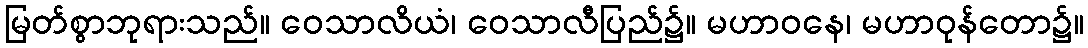
မြတ်စွာဘုရားသည်။ ဝေသာလိယံ၊ ဝေသာလီပြည်၌။ မဟာဝနေ၊ မဟာဝုန်တော၌။